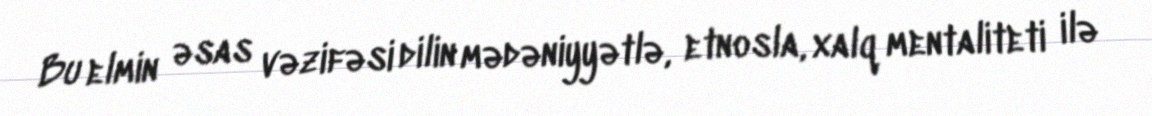
Bu elmin əsas vəzifəsi dilin mədəniyyətlə, etnosla, xalq mentaliteti ilə